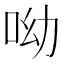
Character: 呦